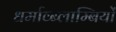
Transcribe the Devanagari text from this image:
धर्माव्ब्लाम्बियों